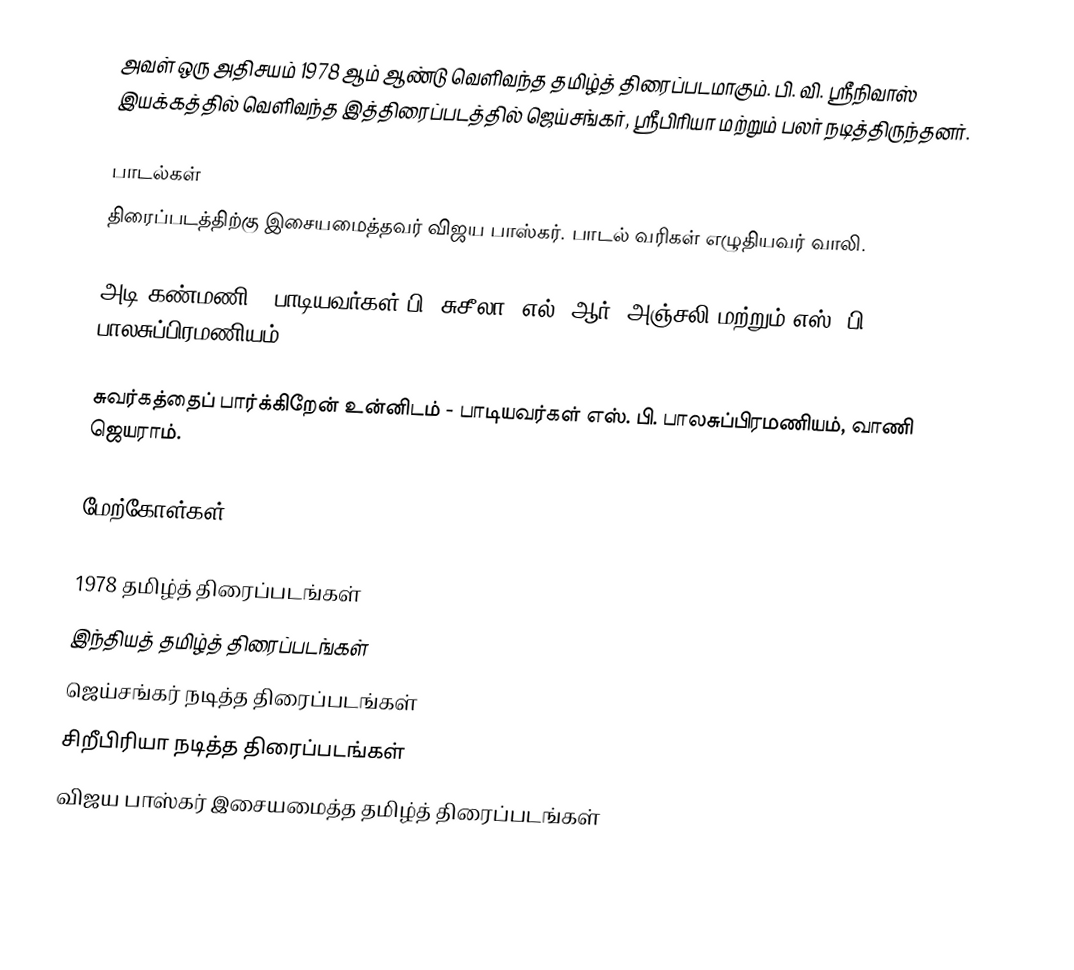
அவள் ஒரு அதிசயம் 1978 ஆம் ஆண்டு வெளிவந்த தமிழ்த் திரைப்படமாகும். பி. வி. ஸ்ரீநிவாஸ் இயக்கத்தில் வெளிவந்த இத்திரைப்படத்தில் ஜெய்சங்கர், ஸ்ரீபிரியா மற்றும் பலர் நடித்திருந்தனர்.

பாடல்கள்
திரைப்படத்திற்கு இசையமைத்தவர் விஜய பாஸ்கர். பாடல் வரிகள் எழுதியவர் வாலி.

 அடி கண்மணி - பாடியவர்கள் பி. சுசீலா, எல். ஆர். அஞ்சலி மற்றும் எஸ். பி. பாலசுப்பிரமணியம்.

 சுவர்கத்தைப் பார்க்கிறேன் உன்னிடம் - பாடியவர்கள் எஸ். பி. பாலசுப்பிரமணியம், வாணி ஜெயராம்.

மேற்கோள்கள்

1978 தமிழ்த் திரைப்படங்கள்
இந்தியத் தமிழ்த் திரைப்படங்கள்
ஜெய்சங்கர் நடித்த திரைப்படங்கள்
சிறீபிரியா நடித்த திரைப்படங்கள்
விஜய பாஸ்கர் இசையமைத்த தமிழ்த் திரைப்படங்கள்